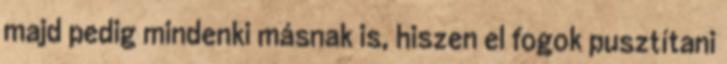
majd pedig mindenki másnak is, hiszen el fogok pusztítani